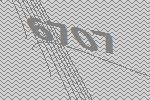
6707